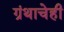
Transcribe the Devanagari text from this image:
ग्रंथाचेही